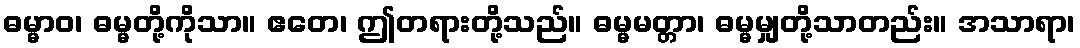
ဓမ္မာဝ၊ ဓမ္မတို့ကိုသာ။ ဧတေ၊ ဤတရားတို့သည်။ ဓမ္မမတ္တာ၊ ဓမ္မမျှတို့သာတည်း။ အသာရာ၊